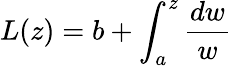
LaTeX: L(z)=b+\int_{a}^{z}{\frac{dw}{w}}